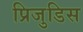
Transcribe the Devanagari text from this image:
प्रिजुडिस